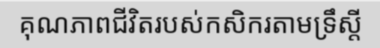
គុណភាពជីវិតរបស់កសិករតាមទ្រឹស្តី